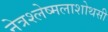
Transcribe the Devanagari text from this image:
नेत्रश्लेष्मलाशोथसी